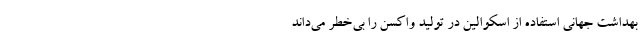
بهداشت جهانی استفاده از اسکوالین در تولید واکسن را بی‌خطر می‌داند